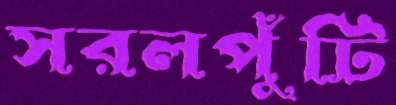
সরলপুঁটি